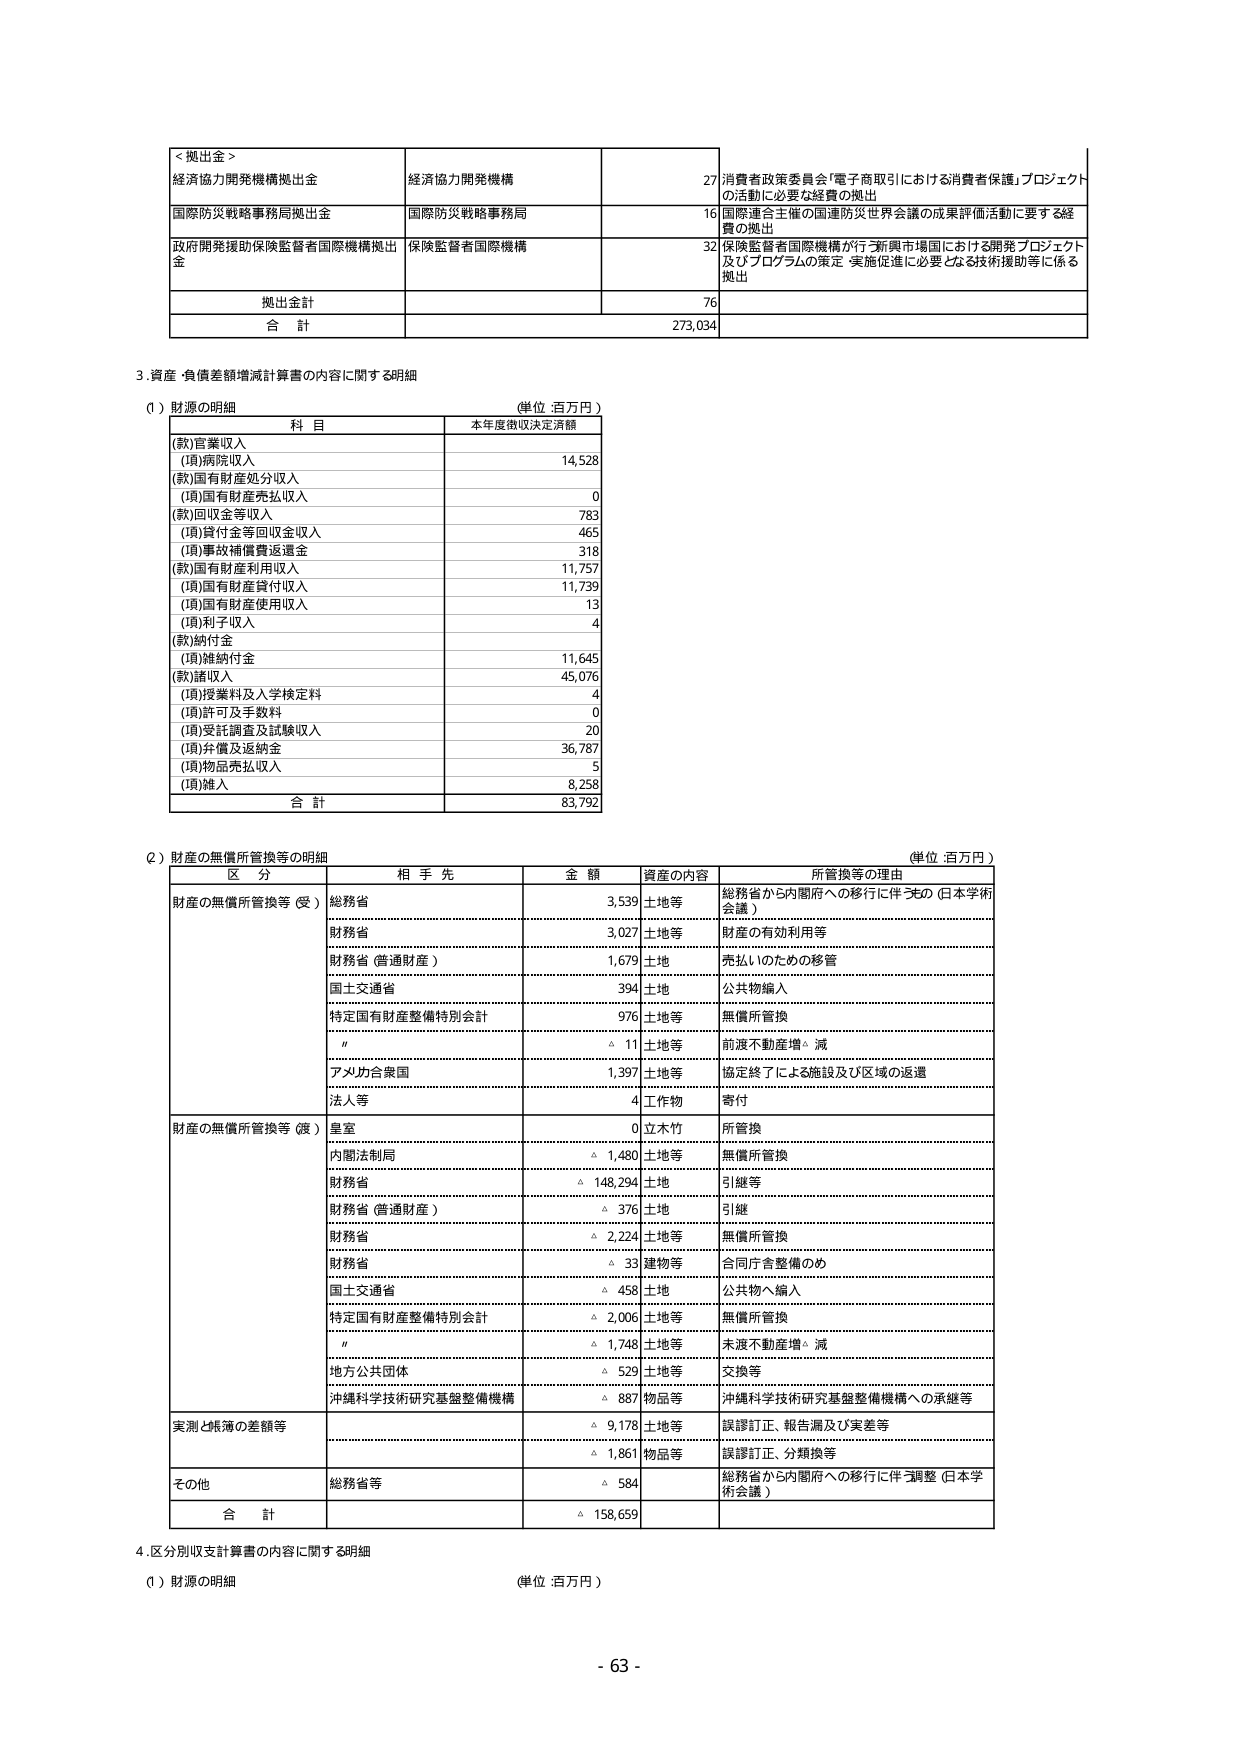
<拠出金>
経済協力開発機構拠出金　　経済協力開発機構　　27 消費者政策委員会「電子商取引における消費者保護」プロジェクトの活動に必要な経費の拠出
国際防災戦略事務局拠出金　　国際防災戦略事務局　　16 国際連合主催の国連防災世界会議の成果評価活動に要する経費の拠出
政府開発援助保険監督者国際機構拠出金　　保険監督者国際機構　　32 保険監督者国際機構が行う新興市場国における開発プロジェクト及びプログラムの策定・実施促進に必要となる技術援助等に係る拠出
拠出金計